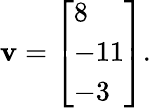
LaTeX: \mathbf{v}={\left[\begin{array}{l}{8}\\ {-11}\\ {-3}\end{array}\right]}.